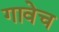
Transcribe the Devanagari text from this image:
गावेच